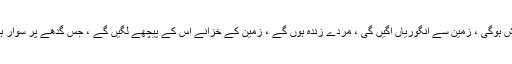
مگر درحقیقت دوزخ جنت ہوگا اورجنت دوزخ ، اور اس کے حکم سے آسماں سے بارش ہوگی ، زمین سے انگوریاں اگیں گی ، مردے زندہ ہوں گے ، زمین کے خزانے اس کے پیچھے لگیں گے ، جس گدھے پر سوار ہوگا وہ اتنا بڑا ہوگا کہ اس کے دونوں کانوں کے درمیان ایک چالیس گز کا فاصلہ ہوگا۔